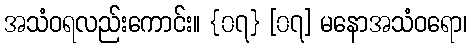
အသံဝရလည်းကောင်း။ {၀၇} [၀၇] မနောအသံဝရော၊